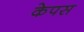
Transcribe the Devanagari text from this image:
केपस